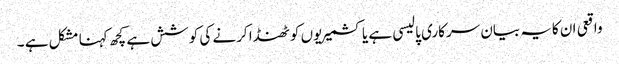
واقعی ان کایہ بیان سرکاری پالیسی ہے یا کشمیریوں کو ٹھنڈا کرنے کی کوشش ہے کچھ کہنا مشکل ہے ۔